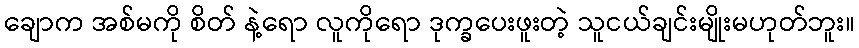
ချောက အစ်မကို စိတ် နဲ့ရော လူကိုရော ဒုက္ခပေးဖူးတဲ့ သူငယ်ချင်းမျိုးမဟုတ်ဘူး။